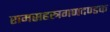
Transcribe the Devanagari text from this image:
रामसहस्त्रगणदण्डक